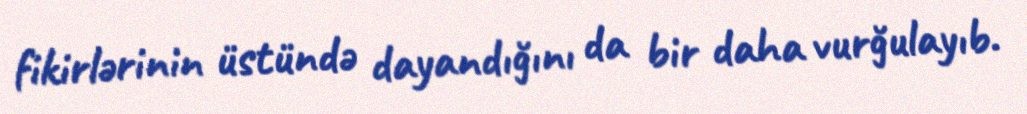
fikirlərinin üstündə dayandığını da bir daha vurğulayıb.